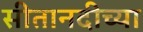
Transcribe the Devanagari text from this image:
सीतानदीच्या